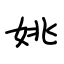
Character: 姚